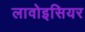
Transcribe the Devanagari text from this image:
लावोइसियर